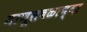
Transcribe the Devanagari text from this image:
माणूसबळाच्या